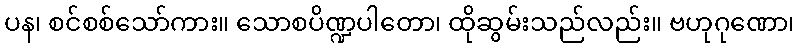
ပန၊ စင်စစ်သော်ကား။ သောစပိဏ္ဍပါတော၊ ထိုဆွမ်းသည်လည်း။ ဗဟုဂုဏော၊